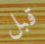
قبل